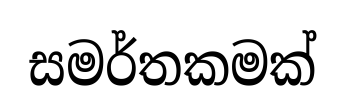
සමර්තකමක්